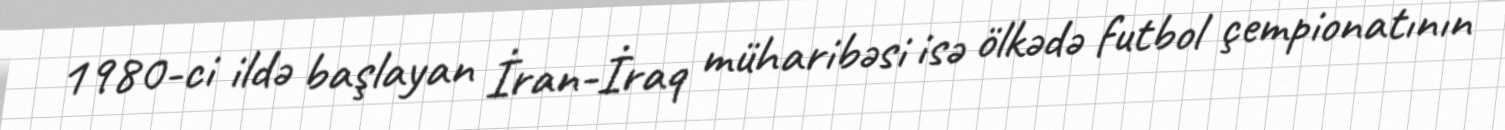
1980-ci ildə başlayan İran-İraq müharibəsi isə ölkədə futbol çempionatının